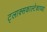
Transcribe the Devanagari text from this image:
ट्लाक्सकाल्टेकाच्या